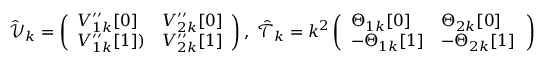
\hat { \mathcal { V } } _ { k } = \left( \begin{array} { l l } { V _ { 1 k } ^ { \prime \prime } [ 0 ] } & { V _ { 2 k } ^ { \prime \prime } [ 0 ] } \\ { V _ { 1 k } ^ { \prime \prime } [ 1 ] ) } & { V _ { 2 k } ^ { \prime \prime } [ 1 ] } \end{array} \right) , \; \hat { \mathcal { T } } _ { k } = k ^ { 2 } \left( \begin{array} { l l } { \Theta _ { 1 k } [ 0 ] } & { \Theta _ { 2 k } [ 0 ] } \\ { - \Theta _ { 1 k } [ 1 ] } & { - \Theta _ { 2 k } [ 1 ] \, } \end{array} \right)